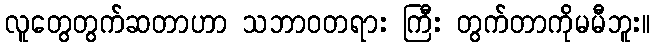
လူတွေတွက်ဆတာဟာ သဘာဝတရား ကြီး တွက်တာကိုမမီဘူး။